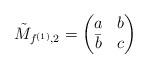
LaTeX: \begin{align*}\tilde{M}_{f^{(1)},2} = \begin{pmatrix} a & b \\ \bar{b} & c \end{pmatrix}\end{align*}